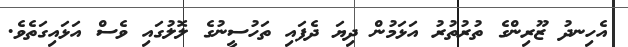
އެހިނދު ޒޫރިންގެ ތުރުތުރު އަޅަމުން ދިޔަ ދެފައި ތަހުސީނުގެ ލޮލުގައި ވެސް އަޅައިގަތެވެ.